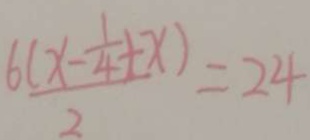
\frac { 6 ( x - \frac { 1 } { 4 } + x ) } { 2 } = 2 4